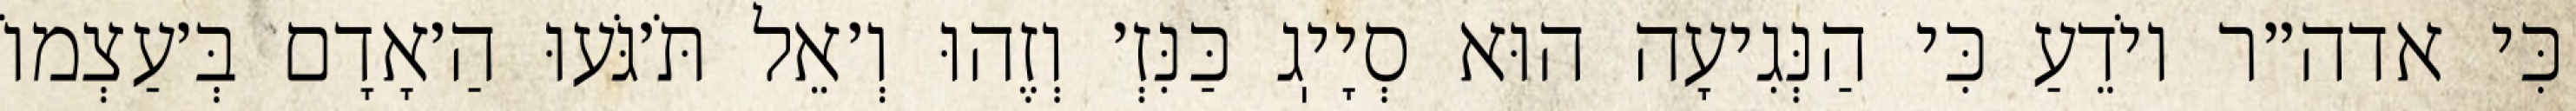
כִּי אדה״ר יוֹדֵעַ כִּי הַנְּגִיעָה הוּא סְיָיֽג כַּנִּזְ׳ וְזֶהוּ וְ׳אֵל תֹּ׳גֹּעוּ הַ׳אָדָם בְּ׳עַצְמוֹ